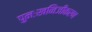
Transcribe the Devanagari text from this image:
पुनःखनिजीकरण